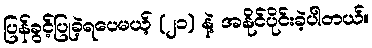
ပြန်ခွင့်ပြုခဲ့ရပေမယ့် (၂၁) နဲ့ အနိုင်ပိုင်းခဲ့ပါတယ်။